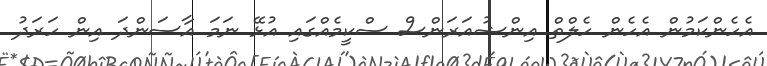
އެހެންކަމުން އެހެން ހެލްތް އިންޝުއަރަންސް ސްކީމެއްގައި އުޅޭ ނަމަ އާސަންދަ އިން ހަރަދު